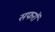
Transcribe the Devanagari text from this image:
सफरों